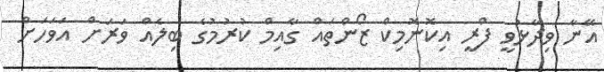
އޭނާ ވިދާޅުވީ ފްރީ އިކޮނޮމިކް ޒޯންތައް ގާއިމް ކުރުމުގެ ބިލެއް ވަރަށް އަވަހަށް